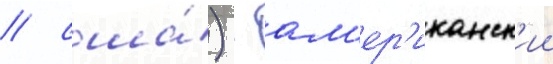
/ сша́) - ам'ер'иканск'ии